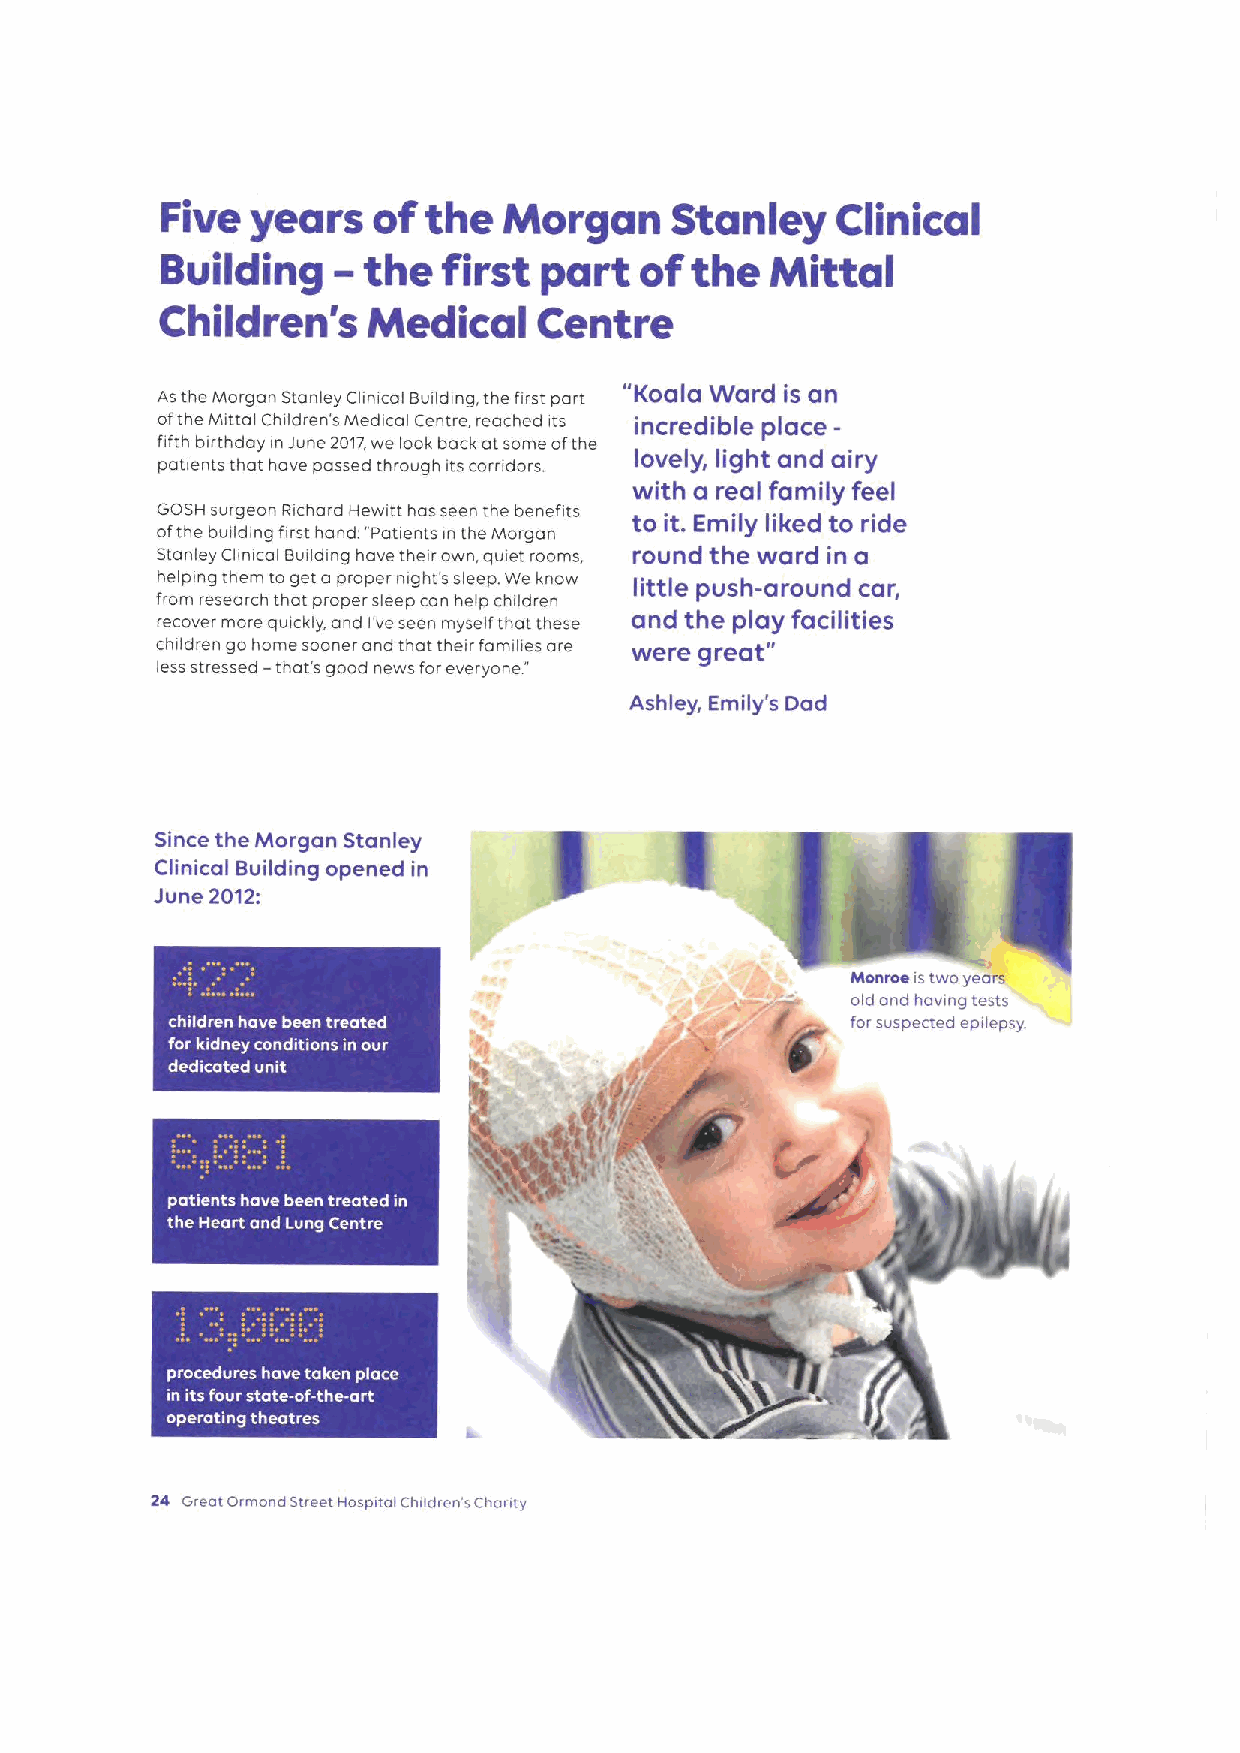
Five  years   of the  Morgan     Stanley    Clinical
 -
 Building     the  first  part  of  the  Mittal
 Children's   Medical     Centre
 As the Morgan Stanley Clinical Building, the first part "Koala Ward is an
 ofthe Mittal Children's Medical Centre, reached its incredible place-
 fifth birthday in June 2017,we look back at some ofthe
 patients that have possed through its corridors. lovely, light and airy
 with a real family feel
 GOSH surgeon Richard Hewitt has seen the benefits to it. Emily liked to ride
 ofthe building first hand: "Patients in the Morgan
 Stanley Clinical Building have their own, quiet rooms, round the ward in a
 helping them toget a proper night's sleep. We know little push-around car,
 from research that proper sleep can help children
 recover more quickly, and I've seen myself that these and the play facilities
 children go home sooner and that their families are were great"
 less stressed —that's good news for everyone"
 Ashley, Emily's Dad
 I
 I
 Since the Morgan Stanley
 Clinical Building opened in
 June 2012:
 Mannse istwo years
 old and having tests
 forsuspected epilepsy.
 24 Great Ormond Street Hospital Children'sChanty